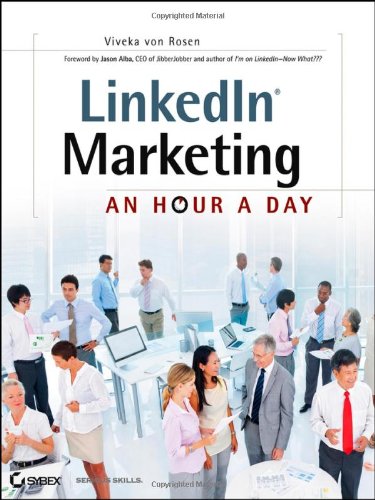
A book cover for LinkedIn Marketing: An Hour a Day; Viveka von Rosen; Computers & Technology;